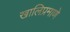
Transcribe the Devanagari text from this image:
खालिप्रमाणे